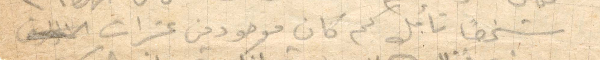
شخصًا تأمل كم كان موجودين عشرات